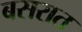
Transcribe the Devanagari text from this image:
बसरात